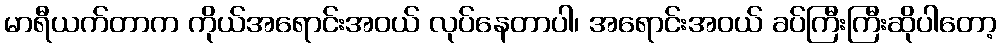
မာရီယက်တာက ကိုယ်အရောင်းအဝယ် လုပ်နေတာပါ၊ အရောင်းအဝယ် ခပ်ကြီးကြီးဆိုပါတော့